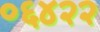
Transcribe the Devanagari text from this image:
०६४२२